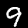
Digit: 9